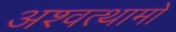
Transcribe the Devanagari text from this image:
अश्वत्थामो